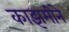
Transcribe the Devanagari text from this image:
काझमीने